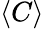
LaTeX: \langle C\rangle